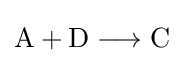
{\mathrm {A} {}+{}\mathrm {D} {}\mathrel {\longrightarrow } {}\mathrm {C} }